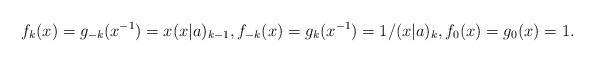
LaTeX: \begin{align*} f_k(x)= g_{-k}(x^{-1})=x(x|a)_{k-1}, f_{-k}(x)=g_k(x^{-1})=1/(x|a)_{k}, f_0(x)=g_0(x)=1. \end{align*}